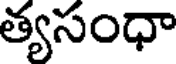
త్యసంధా